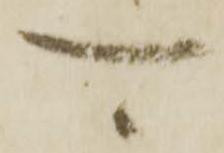
可